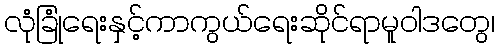
လုံခြုံရေးနှင့်ကာကွယ်ရေးဆိုင်ရာမူဝါဒတွေ၊